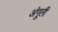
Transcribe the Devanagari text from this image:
अंगूली